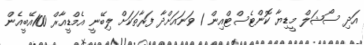
އަދި ސޯޝަލް މީޑިޔާ ކޮންޓެސްޓްއިން 1 ވަނައަށްދާ ފަރާތަކަށް ލިބޭނީ އެމްޑީއާރް 100އޭބީއެން